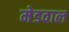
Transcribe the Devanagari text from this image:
मेडवाल